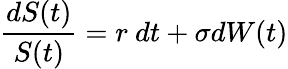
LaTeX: {\frac{dS(t)}{S(t)}}=r\ dt+\sigma dW(t)